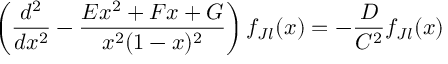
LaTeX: \left( { \frac { d ^ { 2 } } { d x ^ { 2 } } } - { \frac { E x ^ { 2 } + F x + G } { x ^ { 2 } ( 1 - x ) ^ { 2 } } } \right) f _ { J l } ( x ) = - { \frac { D } { C ^ { 2 } } } f _ { J l } ( x )